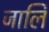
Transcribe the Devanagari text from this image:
जालि